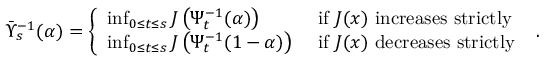
\bar { \Upsilon } _ { s } ^ { - 1 } ( \alpha ) = \left\{ \begin{array} { l l } { \operatorname* { i n f } _ { 0 \leq t \leq s } J \left( \Psi _ { t } ^ { - 1 } ( \alpha ) \right) } & { \mathrm { ~ i f ~ } J ( x ) \mathrm { ~ i n c r e a s e s ~ s t r i c t l y ~ } } \\ { \operatorname* { i n f } _ { 0 \leq t \leq s } J \left( \Psi _ { t } ^ { - 1 } ( 1 - \alpha ) \right) } & { \mathrm { ~ i f ~ } J ( x ) \mathrm { ~ d e c r e a s e s ~ s t r i c t l y ~ } } \end{array} \right. .